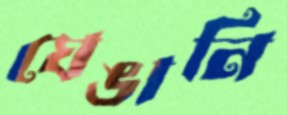
ঘেঙানি